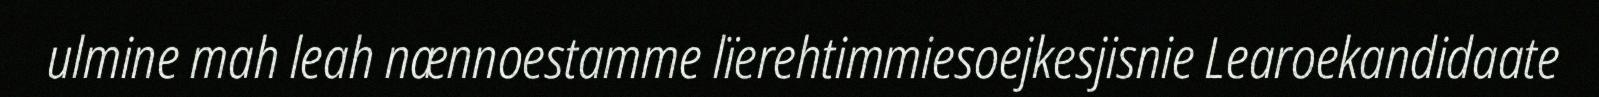
ulmine mah leah nænnoestamme lïerehtimmiesoejkesjisnie Learoekandidaate